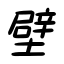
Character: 壁